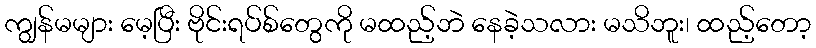
ကျွန်မများ မေ့ပြီး ဗိုင်းရပ်စ်တွေကို မထည့်ဘဲ နေခဲ့သလား မသိဘူး၊ ထည့်တော့